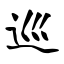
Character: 巡